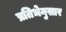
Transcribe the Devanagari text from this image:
प्रतिभेनुसार